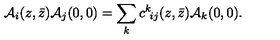
{ \cal A } _ { i } ( z , \bar { z } ) { \cal A } _ { j } ( 0 , 0 ) = \sum _ { k } c ^ { k } \! _ { i j } ( z , \bar { z } ) { \cal A } _ { k } ( 0 , 0 ) .